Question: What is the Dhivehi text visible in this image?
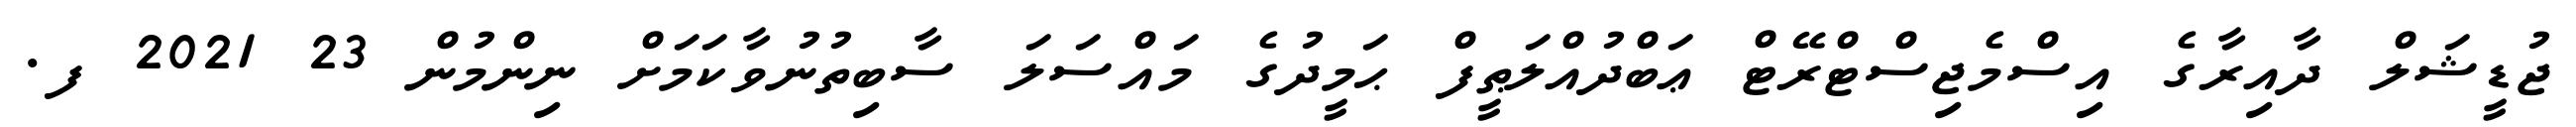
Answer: ޖުޑީޝަލް ދާއިރާގެ އިސްމެޖިސްޓްރޭޓް ޢަބްދުއްލަޠީފް ޙަމީދުގެ މައްސަލަ ސާބިތުނުވާކަމަށް ނިންމުން 23 2021 ފ.